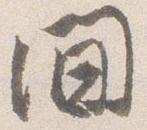
間